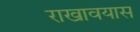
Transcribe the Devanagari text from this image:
राखावयास